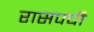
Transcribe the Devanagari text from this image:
रासपची